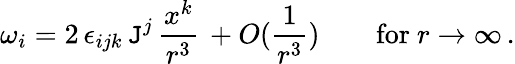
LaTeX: \omega_{i}=2\, \epsilon_{ijk}\, \mathtt{J}^{j}\, \frac{{x^{k}}}{{r^{3}}}\, +O(\frac{{1}}{{r^{3}}})\quad\quad\mathrm{{for~}}r\to\infty\, .